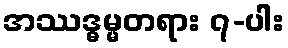
အဿဒ္ဓမ္မတရား ၇-ပါး